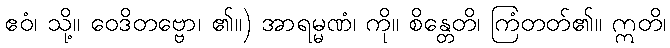
ဧဝံ၊ သို့။ ဝေဒိတဗ္ဗော၊ ၏။) အာရမ္မဏံ၊ ကို။ စိန္တေတိ၊ ကြံတတ်၏။ ဣတိ၊